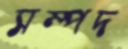
সম্পদ